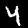
Digit: 4